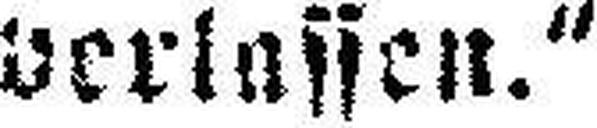
verlassen.“